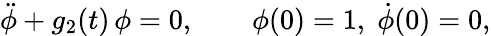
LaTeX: \ddot{\phi}+g_{2}(t)\, \phi=0,\qquad\phi(0)=1,\; \dot{\phi}(0)=0,